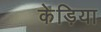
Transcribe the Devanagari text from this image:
केड़िया